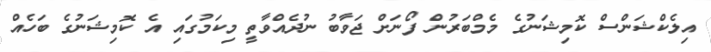
އިލެކްޝަންސް ކޮމިޝަނުގެ މެމްބަރުން ފޯނަށް ޖަވާބު ނުދެއްވާތީ މިކަމުގައި އެ ކޮމިޝަނުގެ ބަހެއް